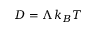
{ D = \Lambda \, k _ { B } T }